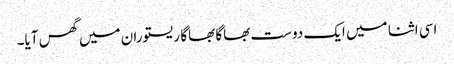
اسی اثنا میں ایک دوست بھاگا بھاگا ریستوران میں گھس آیا۔